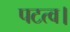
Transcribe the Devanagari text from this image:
पटत्व।